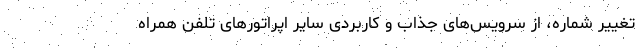
تغییر شماره، از سرویس‌های جذاب و کاربردی سایر اپراتورهای تلفن همراه